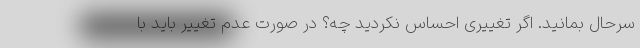
سرحال بمانید. اگر تغییری احساس نکردید چه؟ در صورت عدم تغییر باید با